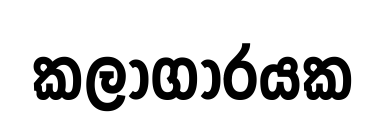
කලාගාරයක